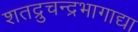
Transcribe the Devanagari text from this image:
शतद्रुचन्द्रभागाद्या